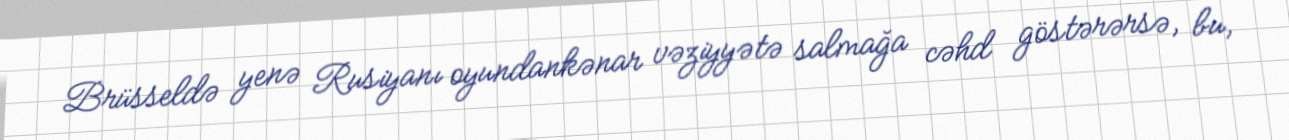
Brüsseldə yenə Rusiyanı oyundankənar vəziyyətə salmağa cəhd göstərərsə, bu,